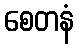
စေတနံ